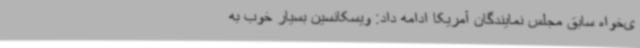
ی‌خواه سابق مجلس نمایندگان آمریکا ادامه داد: ویسکانسین بسیار خوب به